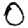
Digit: 0